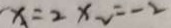
x = 2 x _ { 2 } = - 2